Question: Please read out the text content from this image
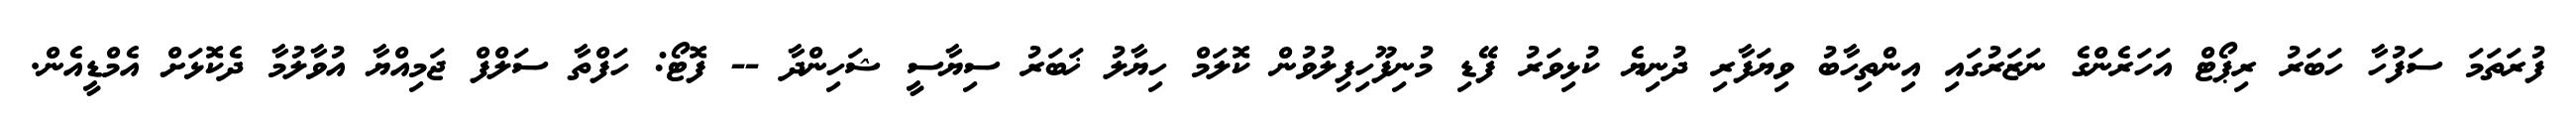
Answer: ފުރަތަމަ ސަފުހާ ހަބަރު ރިޕޯޓް އަހަރެންގެ ނަޒަރުގައި އިންތިހާބު ވިޔަފާރި ދުނިޔެ ކުޅިވަރު ފޭޑި މުނިފޫހިފިލުވުން ކޮލަމް ހިޔާލު ޚަބަރު ސިޔާސީ ޝަހިންދާ -- ފޮޓޯ: ހަފްތާ ސަލްފް ޖަމިއްޔާ އުވާލުމާ ދެކޮޅަށް އެމްޑީއެން.